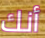
أنك